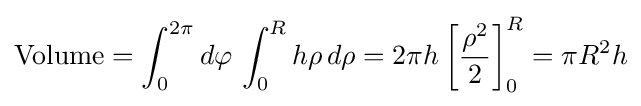
\mathrm {Volume} =\int _{0}^{2\pi }d\varphi \,\int _{0}^{R}h\rho \,d\rho =2\pi h\left[{\frac {\rho ^{2}}{2}}\right]_{0}^{R}=\pi R^{2}h